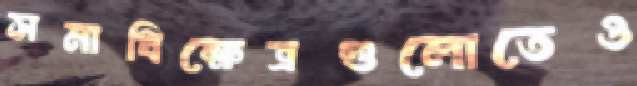
সমাধিক্ষেত্রগুলোতেও